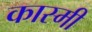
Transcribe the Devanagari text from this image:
कास्‍मी